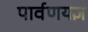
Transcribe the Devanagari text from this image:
पार्वणयज्ञ